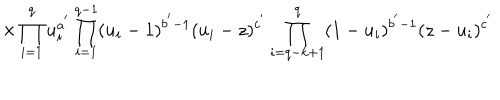
\hspace { 1 5 m m } \times \prod _ { i = 1 } ^ { q } u _ { i } ^ { a ^ { ' } } \prod _ { i = 1 } ^ { q - 1 } ( u _ { i } - 1 ) ^ { b ^ { ' } - 1 } ( u _ { i } - z ) ^ { c ^ { ' } } \prod _ { i = q - k + 1 } ^ { q } ( 1 - u _ { i } ) ^ { b ^ { ' } - 1 } ( z - u _ { i } ) ^ { c ^ { ' } }